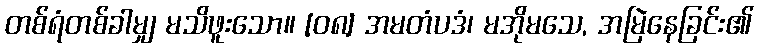
တစ်ရံတစ်ခါမျှ မသိဖူးသော။ [၀၈] အမတံပဒံ၊ မအိုမသေ, အမြဲနေခြင်း၏